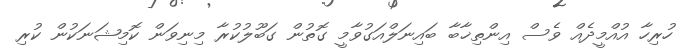
ހުރިހާ އުއްމީދެއް ވެސް އިންތިޚާބާ ބައިނަލްއަގުވާމީ ގޮތުން ގަބޫލުކުރާ މިނިވަން ކޮމިޝަނަކުން ކުރި